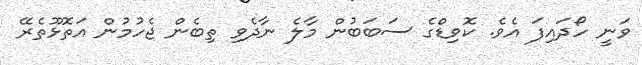
ވަނީ ހޯދައިފަ އެވެ. ކޮވިޑްގެ ސަބަބުން މާލެ ނާދެވި ތިބެން ޖެހުމުން އަތޮޅޫތެރޭ